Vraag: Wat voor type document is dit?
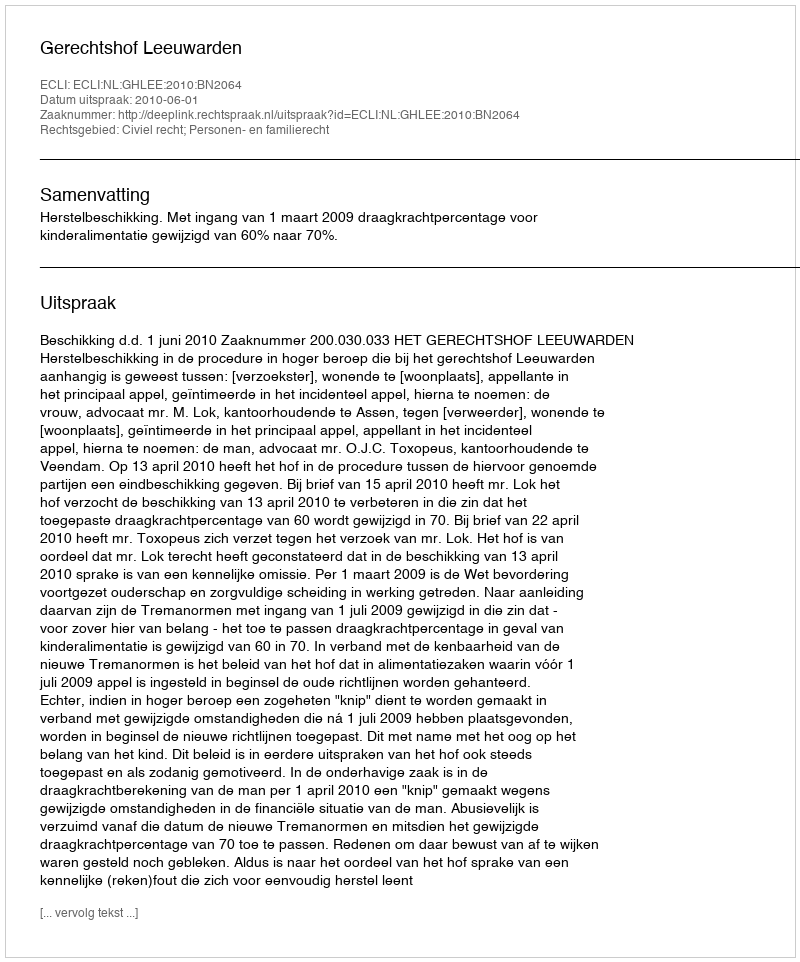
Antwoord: Uitspraak